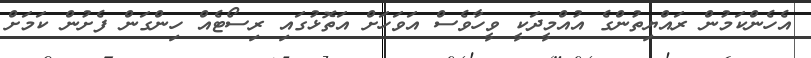
އެހެންކަމުން ރައްޔިތުންގެ އުއްމީދަކީ ވީހާވެސް އަވަހަށް އަތޮޅުގައި ރިސޯޓެއް ހިންގަން ފެށުން ކަމަށް